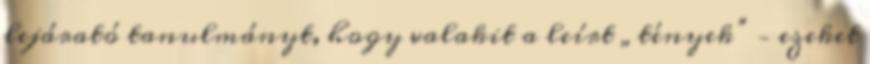
lejárató tanulmányt, hogy va­la­kit a leírt „tények” – ezeket